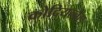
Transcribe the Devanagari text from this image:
कोदियल्बैल